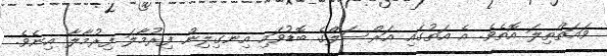
ވައަތްތިލަ އޮތެވެ. އެ އަތުގައި އަރްސަލްގެ ބޮޑުވައި އިނގިލިން ފިރުމާލަ ފިރުމާލާ އިނެވެ.